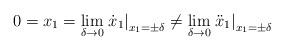
LaTeX: \begin{align*}0=x_1=\lim_{\delta\rightarrow0}\left.\dot x_1\right|_{x_1=\pm\delta}\neq\lim_{\delta\rightarrow0}\left.\ddot x_1\right|_{x_1=\pm\delta}\end{align*}